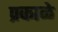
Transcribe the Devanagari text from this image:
प्रकाळे